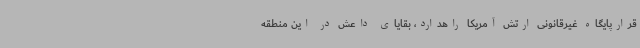
قرارپایگاه غیرقانونی ارتش آمریکا راهدارد، بقایای داعش در این منطقه